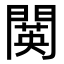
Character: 䦫